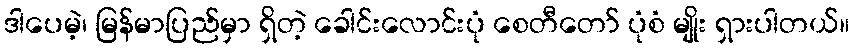
ဒါပေမဲ့၊ မြန်မာပြည်မှာ ရှိတဲ့ ခေါင်းလောင်းပုံ စေတီတော် ပုံစံ မျိုး ရှားပါတယ်။